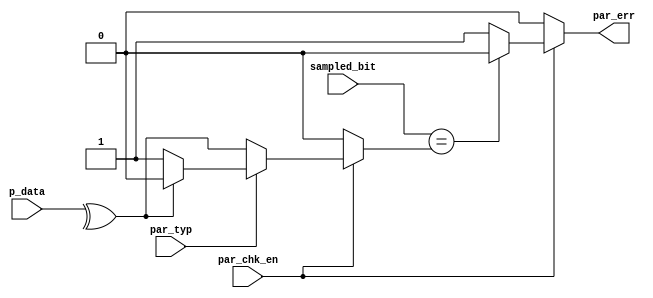
module Parity_Check (



input par_typ      ,

input par_chk_en   ,

input sampled_bit  ,

input [7:0] p_data ,



output reg par_err  

);



wire parity_value;



assign parity_value = (par_chk_en)? ((par_typ) ? ((^p_data)? 1'b0: 1'b1) : (^p_data) ) : 1'b0 ;



always @(*)

begin

   

  if(par_chk_en) begin

     par_err = (sampled_bit == parity_value) ?  1'b0 : 1'b1 ;

  end


  else par_err = 0 ;

end



endmodule